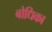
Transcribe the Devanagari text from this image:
बोधिका